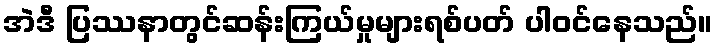
အဲဒီ ပြဿနာတွင်ဆန်းကြယ်မှုများရစ်ပတ် ပါဝင်နေသည်။